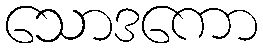
သောဒကော